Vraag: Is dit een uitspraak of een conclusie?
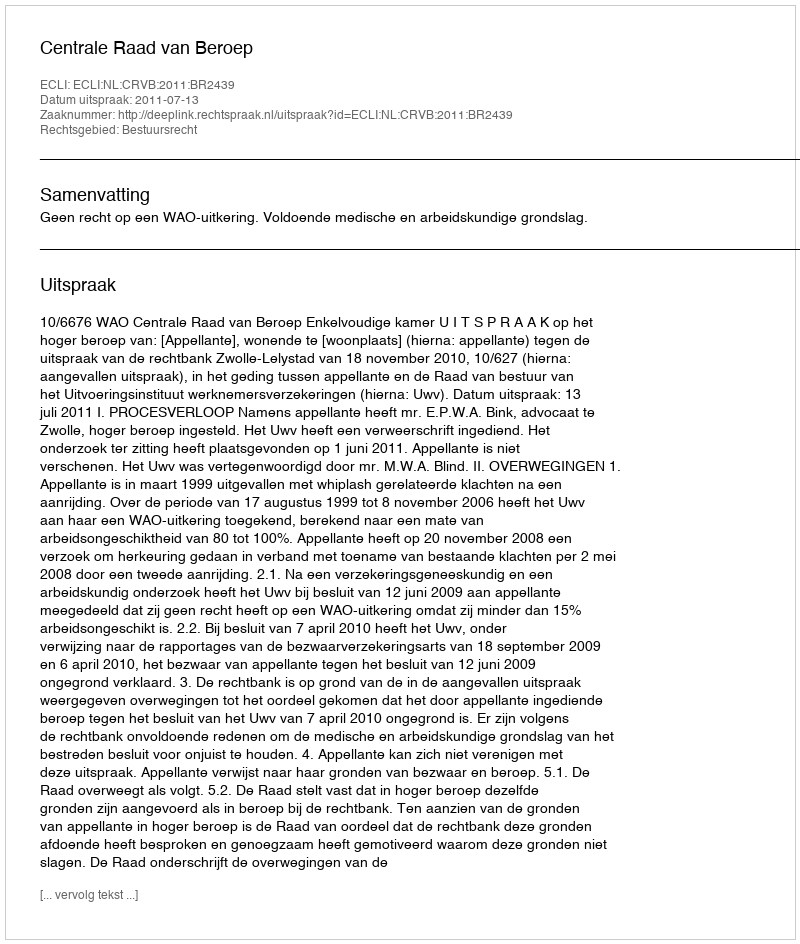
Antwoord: Uitspraak